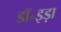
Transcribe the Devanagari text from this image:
डॉ॰इड़ा